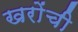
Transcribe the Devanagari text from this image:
खरोंची